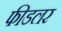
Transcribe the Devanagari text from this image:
फीडलर